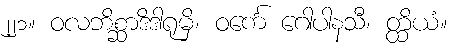
၂၂၁။ ဝလဘိစ္ဆာဒိဒါရုမှိ၊ ဝင်္ကေ ဂေါပါနသီ၊ တ္ထိယံ။